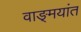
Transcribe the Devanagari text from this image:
वाङ्‌मयांत